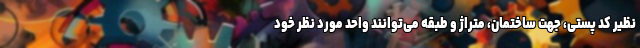
نظیر کد پستی، جهت ساختمان، متراژ و طبقه می‌توانند واحد مورد نظر خود